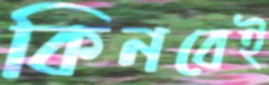
কিনবেই